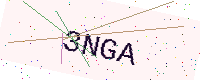
Text: 3NGA